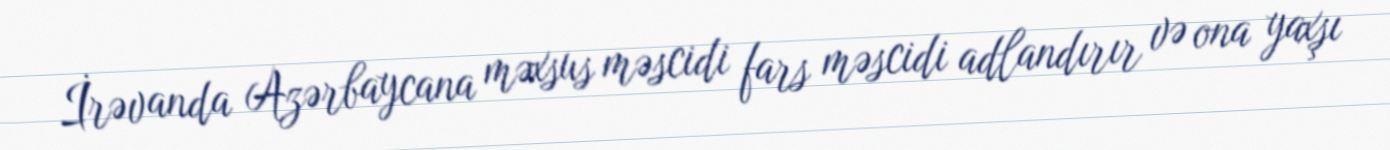
İrəvanda Azərbaycana məxsus məscidi fars məscidi adlandırır və ona yaxşı